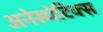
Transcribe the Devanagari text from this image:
अनेस्थेटिक्स